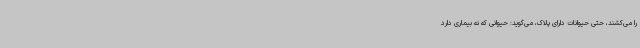
را می‌کشند، حتی حیوانات دارای پلاک، می‌گوید: حیوانی که نه بیماری دارد